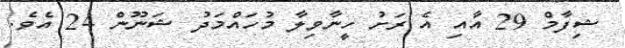
ޝިފާމް 29 އާއި އެ ރަށު ހީނާވިލާ މުހައްމަދު ޝަނޫން 24 އެވެ.